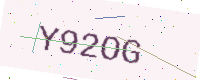
Text: Y92OG